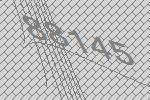
88145